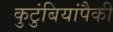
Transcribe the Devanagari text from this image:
कुटुंबियांपैकी